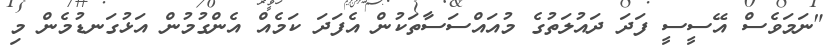
"ނަމަވެސް އޭސީސީ ފަދަ ދައުލަތުގެ މުއައްސަސާތަކުން އެފަދަ ކަމެއް އެންގުމުން އަޅުގަނޑުމެން މި